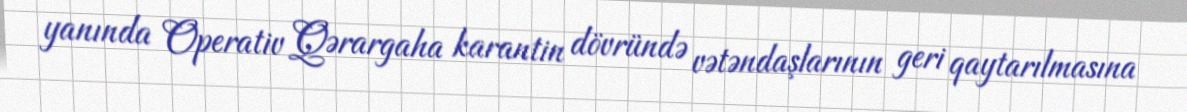
yanında Operativ Qərargaha karantin dövründə vətəndaşlarının geri qaytarılmasına